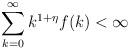
LaTeX: \begin{align*}\sum_{k = 0}^{\infty} k^{1 + \eta} f(k) < \infty\end{align*}